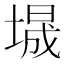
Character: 𫮕